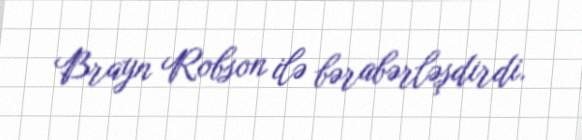
Brayn Robson ilə bərabərləşdirdi.